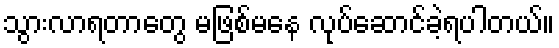
သွားလာရတာတွေ မဖြစ်မနေ လုပ်ဆောင်ခဲ့ရပါတယ်။